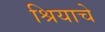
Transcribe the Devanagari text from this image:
श्रियाचे